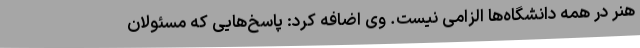
هنر در همه دانشگاه‌ها الزامی نیست. وی اضافه کرد: پاسخ‌هایی که مسئولان